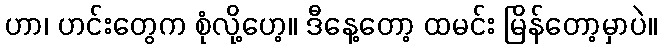
ဟာ၊ ဟင်းတွေက စုံလို့ဟေ့။ ဒီနေ့တော့ ထမင်း မြိန်တော့မှာပဲ။